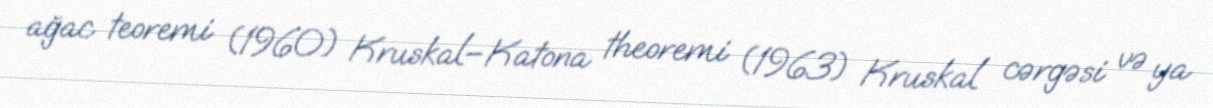
ağac teoremi (1960) Kruskal–Katona theoremi (1963) Kruskal cərgəsi və ya